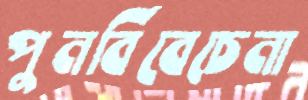
পুনর্বিবেচেনা